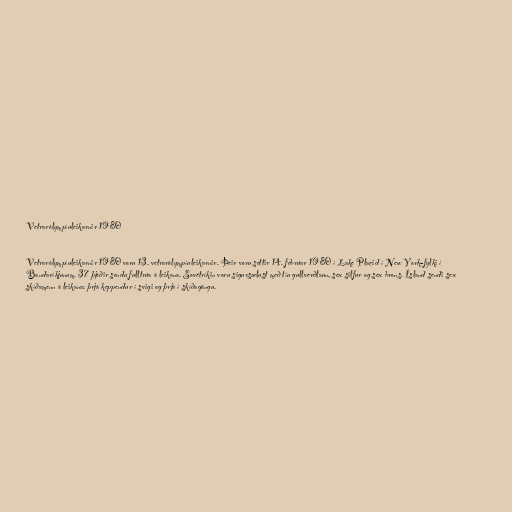
Vetrarólympíuleikarnir 1980

Vetrarólympíuleikarnir 1980 voru 13. vetrarólympíuleikarnir. Þeir voru settir 14. febrúar 1980 í Lake Placid í New York-fylki í
Bandaríkjunum. 37 þjóðir sendu fulltrúa á leikana. Sovétríkin voru sigursælust með tíu gullverðlaun, sex silfur og sex brons. Ísland sendi sex
skíðamenn á leikana: þrjá keppendur í svigi og þrjá í skíðagöngu.